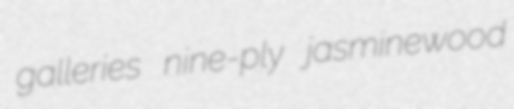
galleries nine-ply jasminewood